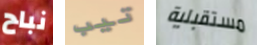
نباح تيب مستقبلية